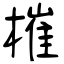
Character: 槯